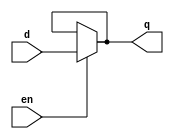
`timescale 1ns / 1ps
//////////////////////////////////////////////////////////////////////////////////
// Company: 
// Engineer: 
// 
// Design Name: 
// Module Name: sed_dlatch_df
// Project Name: 
// Target Devices: 
// Tool Versions: 
// Description: 
// 
// Dependencies: 
// 
// Revision:
// Revision 0.01 - File Created
// Additional Comments:
// 
//////////////////////////////////////////////////////////////////////////////////


module sed_dlatch_df(q,d,en);
input en,d; 
output q;

assign q = en?d:q;
endmodule